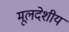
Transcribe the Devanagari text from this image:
मूलदेशीय